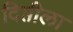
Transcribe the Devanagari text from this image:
दिप्तीला